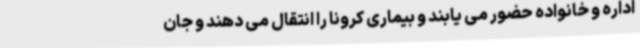
اداره و خانواده حضور می یابند و بیماری کرونا را انتقال می دهند و جان